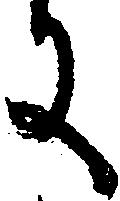
に